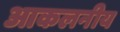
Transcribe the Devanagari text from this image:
आकलनीय